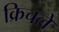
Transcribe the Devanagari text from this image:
क्रिचले